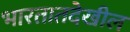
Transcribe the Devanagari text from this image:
भारतातदेखील